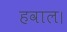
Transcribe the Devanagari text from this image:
हवाल।